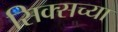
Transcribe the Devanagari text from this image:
सिक्सच्या